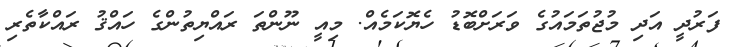
ފަރުދީ އަދި މުޖުތަމައުގެ ވަރަށްބޮޑު ހެޔޮކަމެއް. މިއީ ނޫންތަ ރައްޔިތުންގެ ހައްޤު ރައްކާތެރި